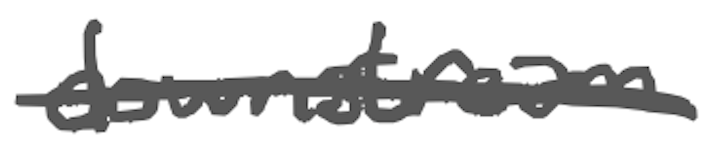
Text: downstream
Cross-out: single-line
Writing tool: digital_gray